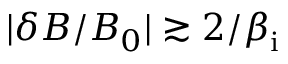
| \delta B / B _ { 0 } | \gtrsim 2 / \beta _ { \mathrm { i } }